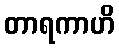
တာရကာဟိ